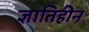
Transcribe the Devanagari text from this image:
ज्ञातिहीन